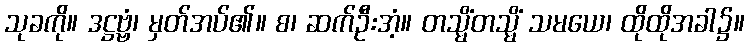
သုခကို။ ဒဋ္ဌဗ္ဗံ၊ မှတ်အပ်၏။ စ၊ ဆက်ဦးအံ့။ တသ္မိံတသ္မိံ သမယေ၊ ထိုထိုအခါ၌။